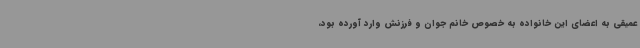
عمیقی به اعضای این خانواده به خصوص خانم جوان و فرزنش وارد آورده بود،